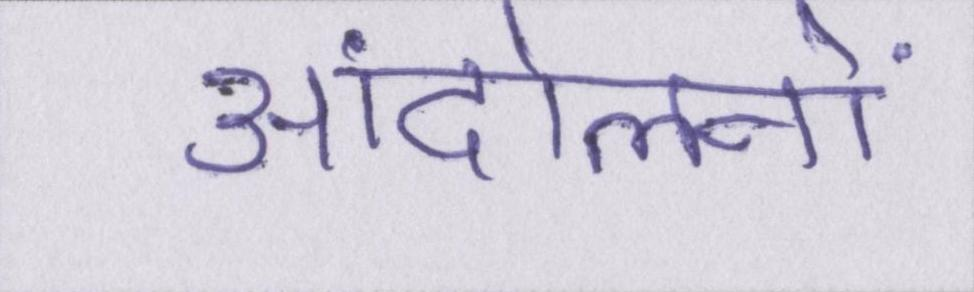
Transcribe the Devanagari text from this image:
आंदोलनों